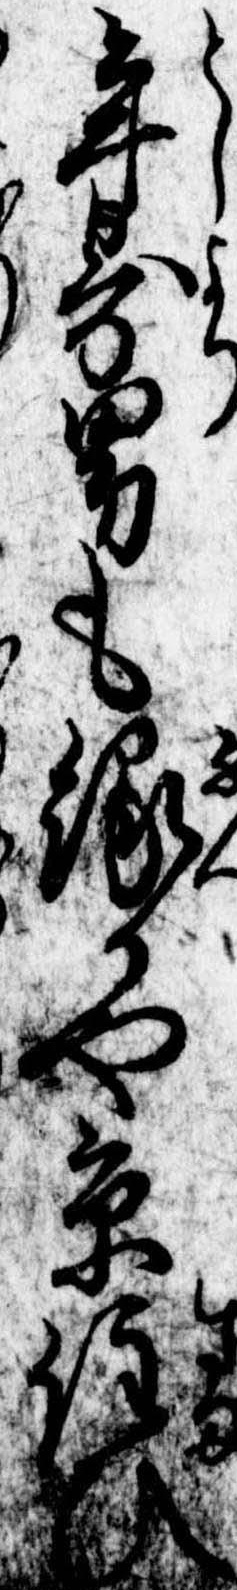
年寄男も縁かや京住ひ